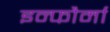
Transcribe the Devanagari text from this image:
इन्फौर्मा